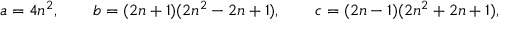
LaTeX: a = 4 n ^ { 2 } , \quad \quad b = ( 2 n + 1 ) ( 2 n ^ { 2 } - 2 n + 1 ) , \quad \quad c = ( 2 n - 1 ) ( 2 n ^ { 2 } + 2 n + 1 ) ,